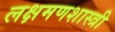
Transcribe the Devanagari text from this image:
लक्षमणशास्त्री